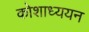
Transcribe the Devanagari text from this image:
कोशाध्ययन